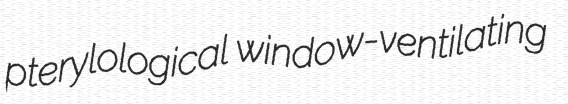
pterylological window-ventilating